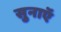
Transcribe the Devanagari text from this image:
सुनाएॅ